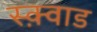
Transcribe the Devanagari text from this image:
स्क़्वाड